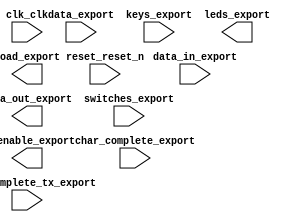

module nios_system (
	char_complete_export,
	char_complete_tx_export,
	clk_clk,
	data_export,
	data_in_export,
	data_out_export,
	keys_export,
	leds_export,
	load_export,
	reset_reset_n,
	switches_export,
	tx_enable_export);	

	input		char_complete_export;
	input		char_complete_tx_export;
	input		clk_clk;
	input	[2:0]	data_export;
	input	[7:0]	data_in_export;
	output	[7:0]	data_out_export;
	input	[3:0]	keys_export;
	output	[9:0]	leds_export;
	output		load_export;
	input		reset_reset_n;
	input	[6:0]	switches_export;
	output		tx_enable_export;
endmodule